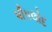
પીપલોદ